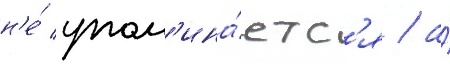
н'е́ упом'ина́етс'я / а́